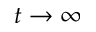
t \to \infty